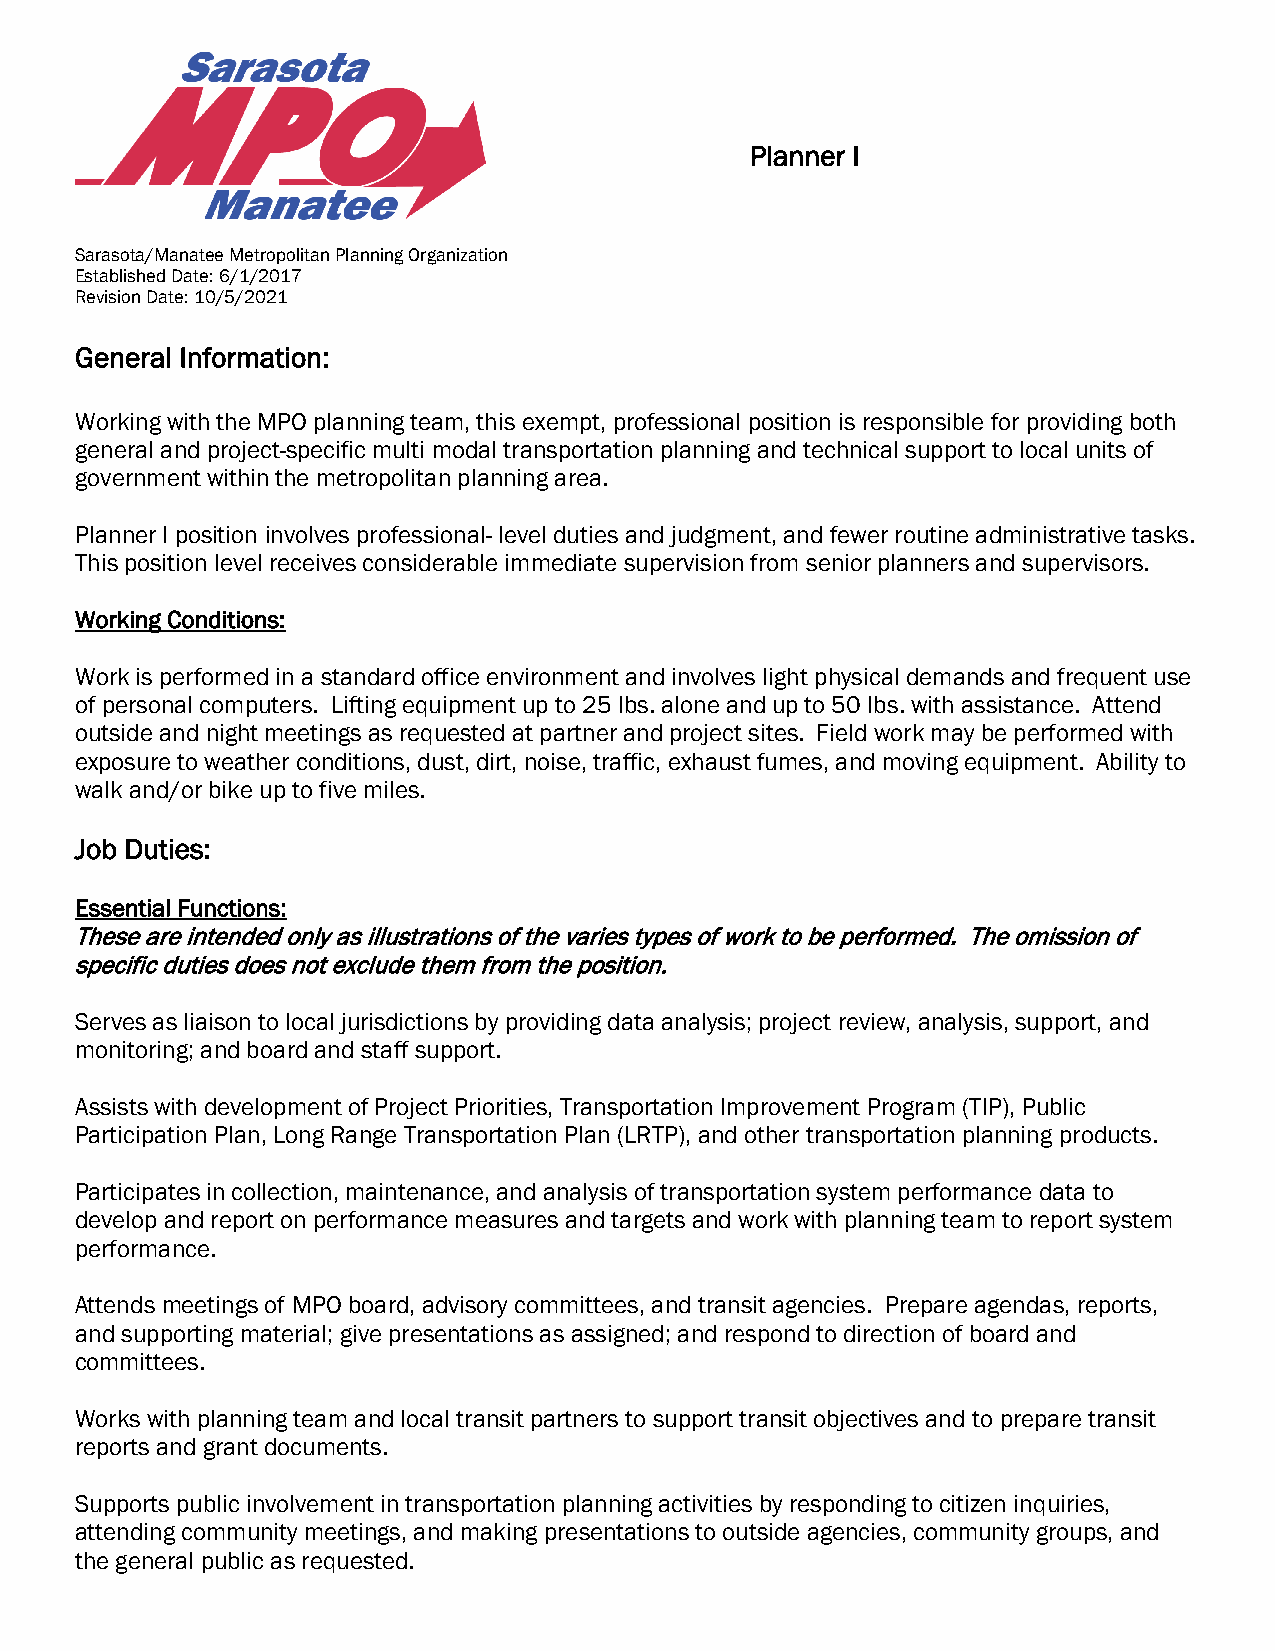
Planner I
 Sarasota/Manatee Metropolitan Planning Organization
 Established Date: 6/1/2017
 Revision Date: 10/5/2021
 General Information:
 Working with the MPO planning team, this exempt, professional position is responsible for providing both
 general and project-specific multi modal transportation planning and technical support to local units of
 government within the metropolitan planning area.
 Planner I position involves professional- level duties and judgment, and fewer routine administrative tasks.
 This position level receives considerable immediate supervision from senior planners and supervisors.
 Working Conditions:
 Work is performed in a standard office environment and involves light physical demands and frequent use
 of personal computers. Lifting equipment up to 25 lbs. alone and up to 50 lbs. with assistance. Attend
 outside and night meetings as requested at partner and project sites. Field work may be performed with
 exposure to weather conditions, dust, dirt, noise, traffic, exhaust fumes, and moving equipment. Ability to
 walk and/or bike up to five miles.
 Job Duties:
 Essential Functions:
 These are intended only as illustrations of the varies types of work to be performed. The omission of
 specific duties does not exclude them from the position.
 Serves as liaison to local jurisdictions by providing data analysis; project review, analysis, support, and
 monitoring; and board and staff support.
 Assists with development of Project Priorities, Transportation Improvement Program (TIP), Public
 Participation Plan, Long Range Transportation Plan (LRTP), and other transportation planning products.
 Participates in collection, maintenance, and analysis of transportation system performance data to
 develop and report on performance measures and targets and work with planning team to report system
 performance.
 Attends meetings of MPO board, advisory committees, and transit agencies. Prepare agendas, reports,
 and supporting material; give presentations as assigned; and respond to direction of board and
 committees.
 Works with planning team and local transit partners to support transit objectives and to prepare transit
 reports and grant documents.
 Supports public involvement in transportation planning activities by responding to citizen inquiries,
 attending community meetings, and making presentations to outside agencies, community groups, and
 the general public as requested.